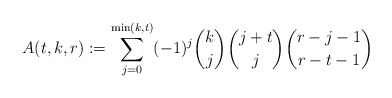
\begin{align*}A(t,k,r):=\sum_{j=0}^{\min (k,t)}(-1)^j\binom{k}{j}\binom{j+t}{j}\binom{r-j-1}{r-t-1}\end{align*}